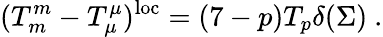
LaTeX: (T_{m}^{m}-T_{\mu}^{\mu})^{\mathrm{loc}}=(7-p)T_{p}\delta(\Sigma)\ .